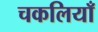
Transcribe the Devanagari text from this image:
चकलियाँ